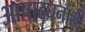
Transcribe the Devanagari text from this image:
आषाढघनाशी